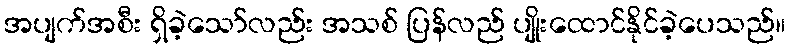
အပျက်အစီး ရှိခဲ့သော်လည်း အသစ် ပြန်လည် ပျိုးထောင်နိုင်ခဲ့ပေသည်။